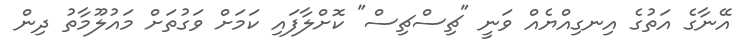
އޭނާގެ އަތުގެ އިނގިއްޔެއް ވަނީ "ޗިސްޗިސް" ކޮށްލާފައި ކަމަށް ވަގުތަށް މައުލޫމާތު ދިން